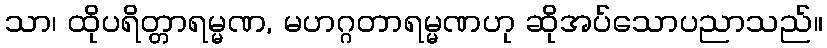
သာ၊ ထိုပရိတ္တာရမ္မဏ, မဟဂ္ဂတာရမ္မဏဟု ဆိုအပ်သောပညာသည်။